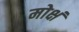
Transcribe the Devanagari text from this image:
मोक्षं